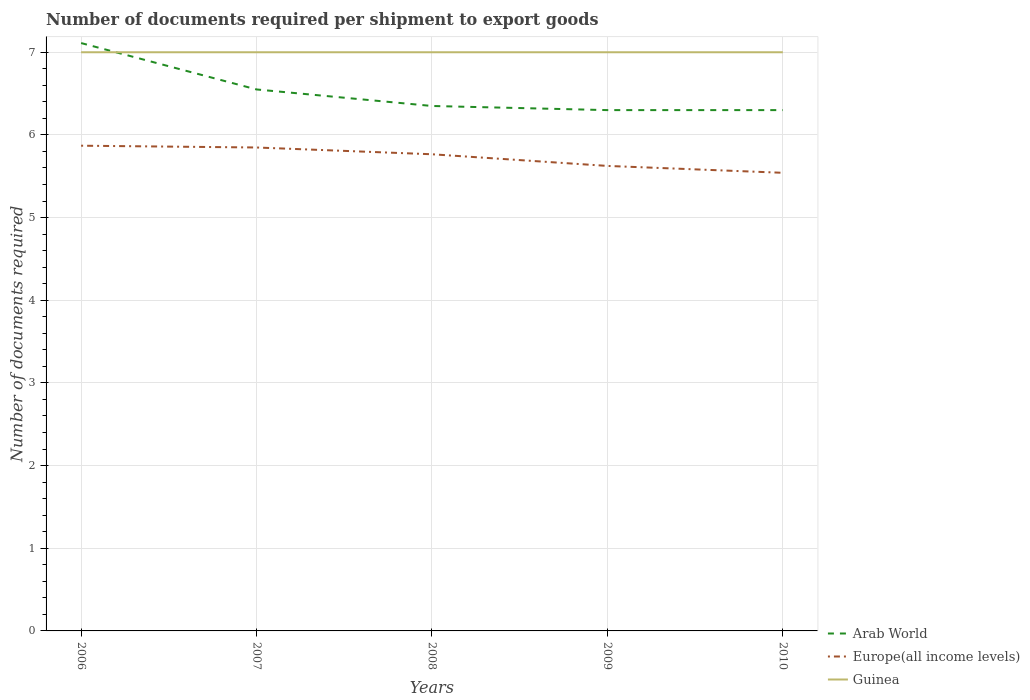
| Years | Arab World | Europe(all income levels) | Guinea |
 | --- | --- | --- | --- |
 | 2006 | 7.11 | 5.87 | 7 |
 | 2007 | 6.55 | 5.85 | 7 |
 | 2008 | 6.35 | 5.77 | 7 |
 | 2009 | 6.3 | 5.62 | 7 |
 | 2010 | 6.3 | 5.54 | 7 |